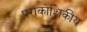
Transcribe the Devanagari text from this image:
पराकोशिकीय